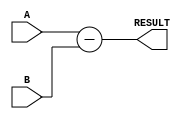
module Subtractor (
    input [7:0] A,
    input [7:0] B,
    output [7:0] RESULT
);

assign RESULT = A - B;

endmodule